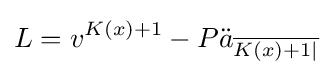
L=v^{K(x)+1}-P{\ddot {a}}_{\overline {K(x)+1|}}